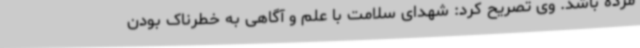
مرده باشد. وی تصریح کرد: شهدای سلامت با علم و آگاهی به خطرناک بودن